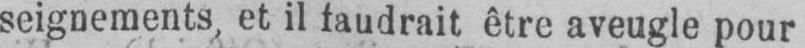
seignements, et il faudrait être aveugle pour